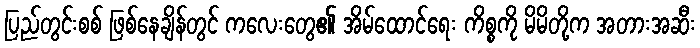
ပြည်တွင်းစစ် ဖြစ်နေချိန်တွင် ကလေးတွေ၏ အိမ်ထောင်ရေး ကိစ္စကို မိမိတို့က အတားအဆီး